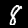
Label: 8